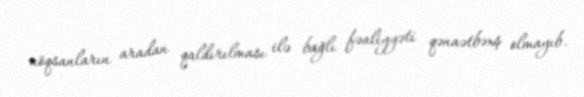
nöqsanların aradan qaldırılması ilə bağlı fəaliyyəti qənaətbəxş olmayıb.